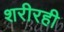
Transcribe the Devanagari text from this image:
शरीरही